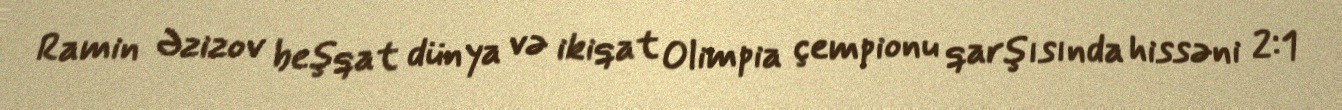
Ramin Əzizov beşqat dünya və ikiqat Olimpia çempionu qarşısında hissəni 2:1